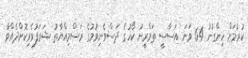
ކުރުމަށް ހިންގުނު 64 ވަނަ އަސާސީ ތަމްރީނު ކޯހުގެ ދަސްވެނިވުމުގެ ރަސްމިއްޔާތު ޝަރަފުވެރިކޮށްދެއްވާ